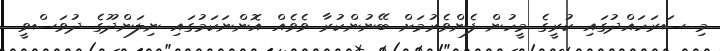
މި ސަރަހައްދުގައި ކުރީގެ މީހުން ފެންވެރުމަށް ބޭނުންކުރާ ވެވެއް އޮންނަކަމުގައި ނިލަންދޫގެ ދުވަސްވީ